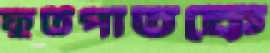
ফুটপাতকে